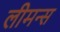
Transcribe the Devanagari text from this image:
लीमन्स